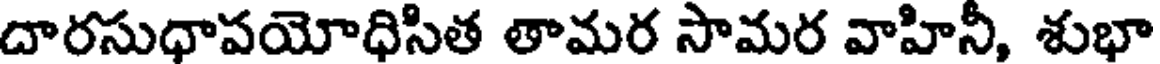
దారసుధాపయోధిసిత తామర సామర వాహినీ, శుభా